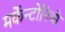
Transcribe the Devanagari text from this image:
मर्केन्टोनियो